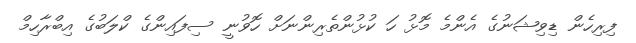
ފިރިހެން ޑިވިޝަނުގެ އެންމެ މޮޅު ހަ ކުޅުންތެރިންނަށް ހޮވުނީ ސިފައިންގެ ކްލަބުގެ އިބްރާހިމް